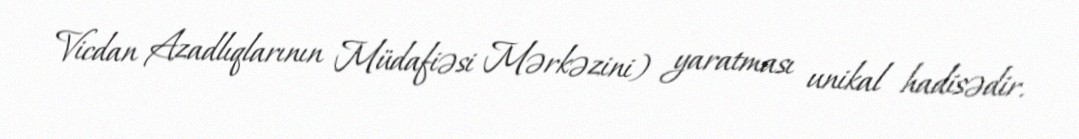
Vicdan Azadlıqlarının Müdafiəsi Mərkəzini) yaratması unikal hadisədir.